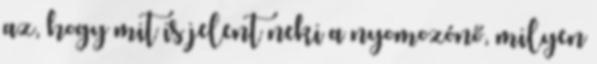
az, hogy mit is jelent neki a nyomozónő, milyen